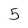
Character: 5